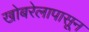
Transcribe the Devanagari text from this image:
खोबरेलापासून